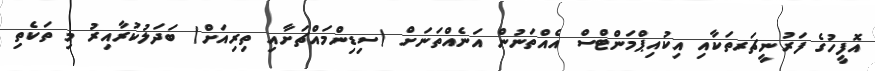
އޮފީހުގެ ފަރުނީޗަރތަކާއި އިކުއިޕްމަންޓްސް އެއްތަނުން އަނެއްތަނަށް (ސިޑިންމައްޗަށާއި ތިރިއަށް) ބަދަލުކުރާއިރު މި ތަކެތި